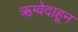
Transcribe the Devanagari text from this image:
ऋग्वेदाहून